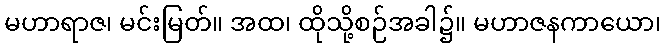
မဟာရာဇ၊ မင်းမြတ်။ အထ၊ ထိုသို့စဉ်အခါ၌။ မဟာဇနကာယော၊